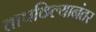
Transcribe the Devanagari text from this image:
तापविल्यानंतर